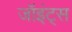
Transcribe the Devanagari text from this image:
जॉइंट्स